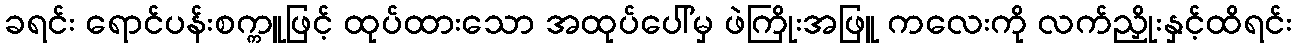
ခရင်း ရောင်ပန်းစက္ကူဖြင့် ထုပ်ထားသော အထုပ်ပေါ်မှ ဖဲကြိုးအဖြူ ကလေးကို လက်ညှိုးနှင့်ထိရင်း